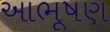
આભૂષણ